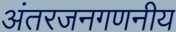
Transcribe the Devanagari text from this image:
अंतरजनगणनीय